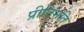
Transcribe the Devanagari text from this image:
प्रीतिमति